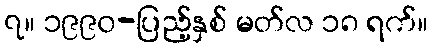
၇။ ၁၉၉၀-ပြည့်နှစ် မတ်လ ၁၈ ရက်။